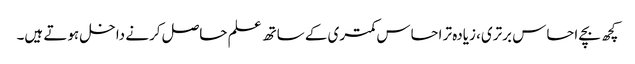
کچھ بچے احساس برتری، زیادہ تر احساس کمتری کے ساتھ علم حاصل کرنے داخل ہوتے ہیں۔